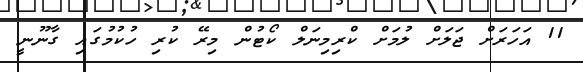
11 އަހަރަށް ޖަލަށް ލުމަށް ކްރިމިނަލް ކޯޓުން މިރޭ ކުރި ހުކުމުގައި ގާނޫނީ